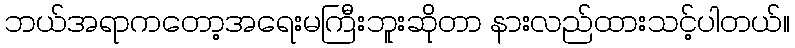
ဘယ်အရာကတော့အရေးမကြီးဘူးဆိုတာ နားလည်ထားသင့်ပါတယ်။